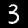
Digit: 3